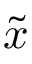
\widetilde { x }